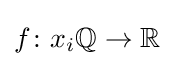
f\colon x_{i}\mathbb {Q} \to \mathbb {R}